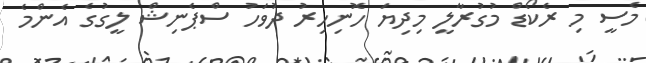
މެސީ މި ރެކޯޑް މުގުރާލީ މިދިޔަ ހޮނިހިރު ދުވަހު ސްޕެނިޝް ލީގުގެ އެންމެ